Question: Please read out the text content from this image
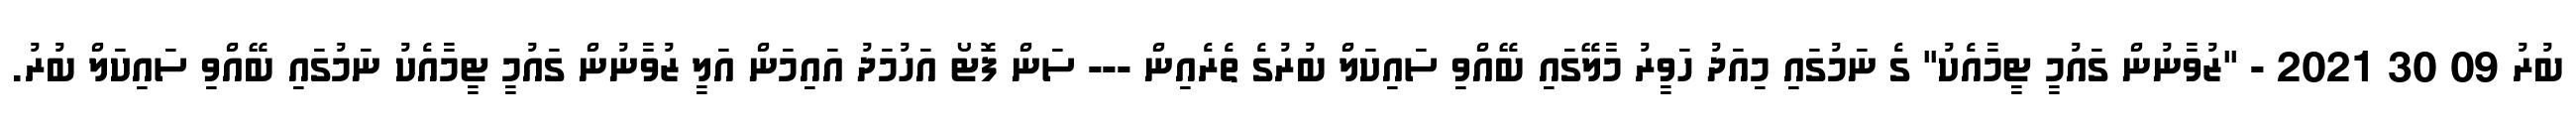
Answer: ބުރު 09 30 2021 - "ޒުވާނުން ގައުމީ ޓީމާއެކު" ގެ ނަމުގައި މިއަދު ހަވީރު މާލޭގައި ބޭއްވި ސައިކަލް ބުރުގެ ތެރެއިން --- ސަން ފޮޓޯ އަހުމަދު އައިމަން އަލީ ޒުވާނުން ގައުމީ ޓީމާއެކު ނަމުގައި ބޭއްވި ސައިކަލް ބުރު.